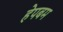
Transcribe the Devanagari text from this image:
हेपबम